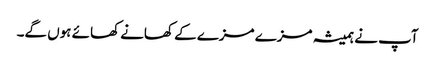
آپ نے ہمیشہ مزے مزے کے کھانے کھائے ہوں گے۔